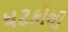
ધટકોથી